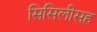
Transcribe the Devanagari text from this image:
सिसिलीसह